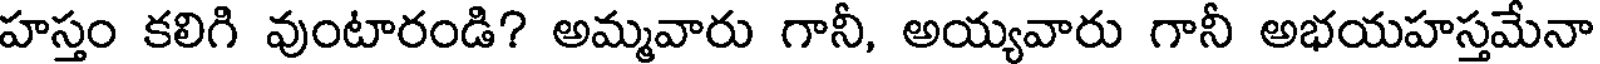
హస్తం కలిగి వుంటారండి? అమ్మవారు గానీ, అయ్యవారు గానీ అభయహస్తమేనా